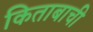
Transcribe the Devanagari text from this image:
किताबाची